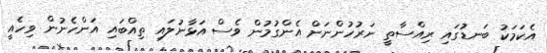
އެކަމަކު ބަނޑުގައި ރިއްސާތީ ނަރުހުންނަށް އެންގުމުން ވެސް އަޅާނުލައި ތިއްބައި އަންހެނުން ވިހެއީ